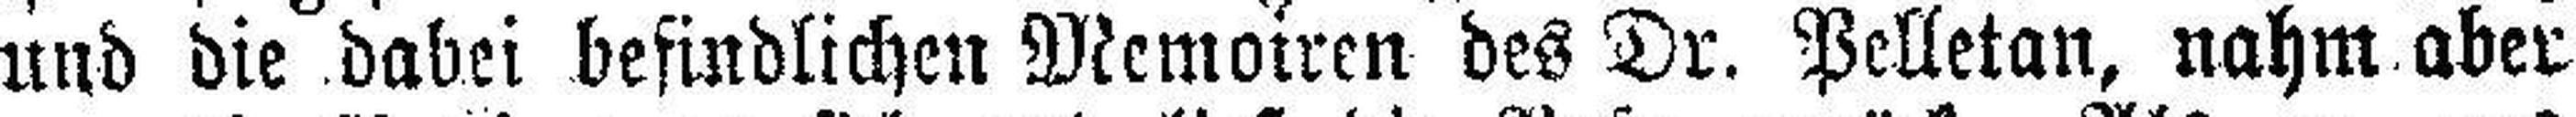
und die dabei befindlichen Memoiren des Dr. Pelletan, nahm aber